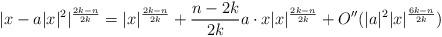
LaTeX: \begin{align*} |x-a|x|^2|^{\frac{2k-n}{2k}}=\displaystyle|x|^{\frac{2k-n}{2k}}+\frac{n-2k}{2k}a\cdot x|x|^{\frac{2k-n}{2k}}+O''(|a|^2|x|^{\frac{6k-n}{2k}})\end{align*}